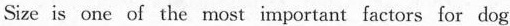
Size is one of the most important factors for dog